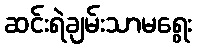
ဆင်းရဲချမ်းသာမရွေး